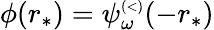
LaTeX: \phi(r_{*})=\psi_{\omega}^{\scriptscriptstyle(<)}(-r_{*})